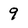
Character: 9